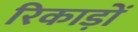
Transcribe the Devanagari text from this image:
रिकाड़ों